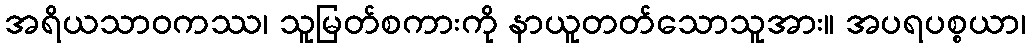
အရိယသာဝကဿ၊ သူမြတ်စကားကို နာယူတတ်သောသူအား။ အပရပစ္စယာ၊